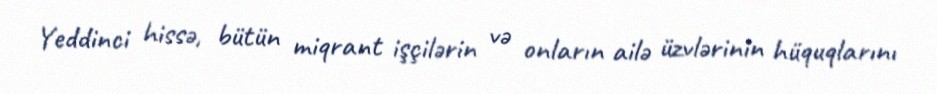
Yeddinci hissə, bütün miqrant işçilərin və onların ailə üzvlərinin hüquqlarını